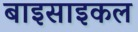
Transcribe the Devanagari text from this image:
बाइसाइकल